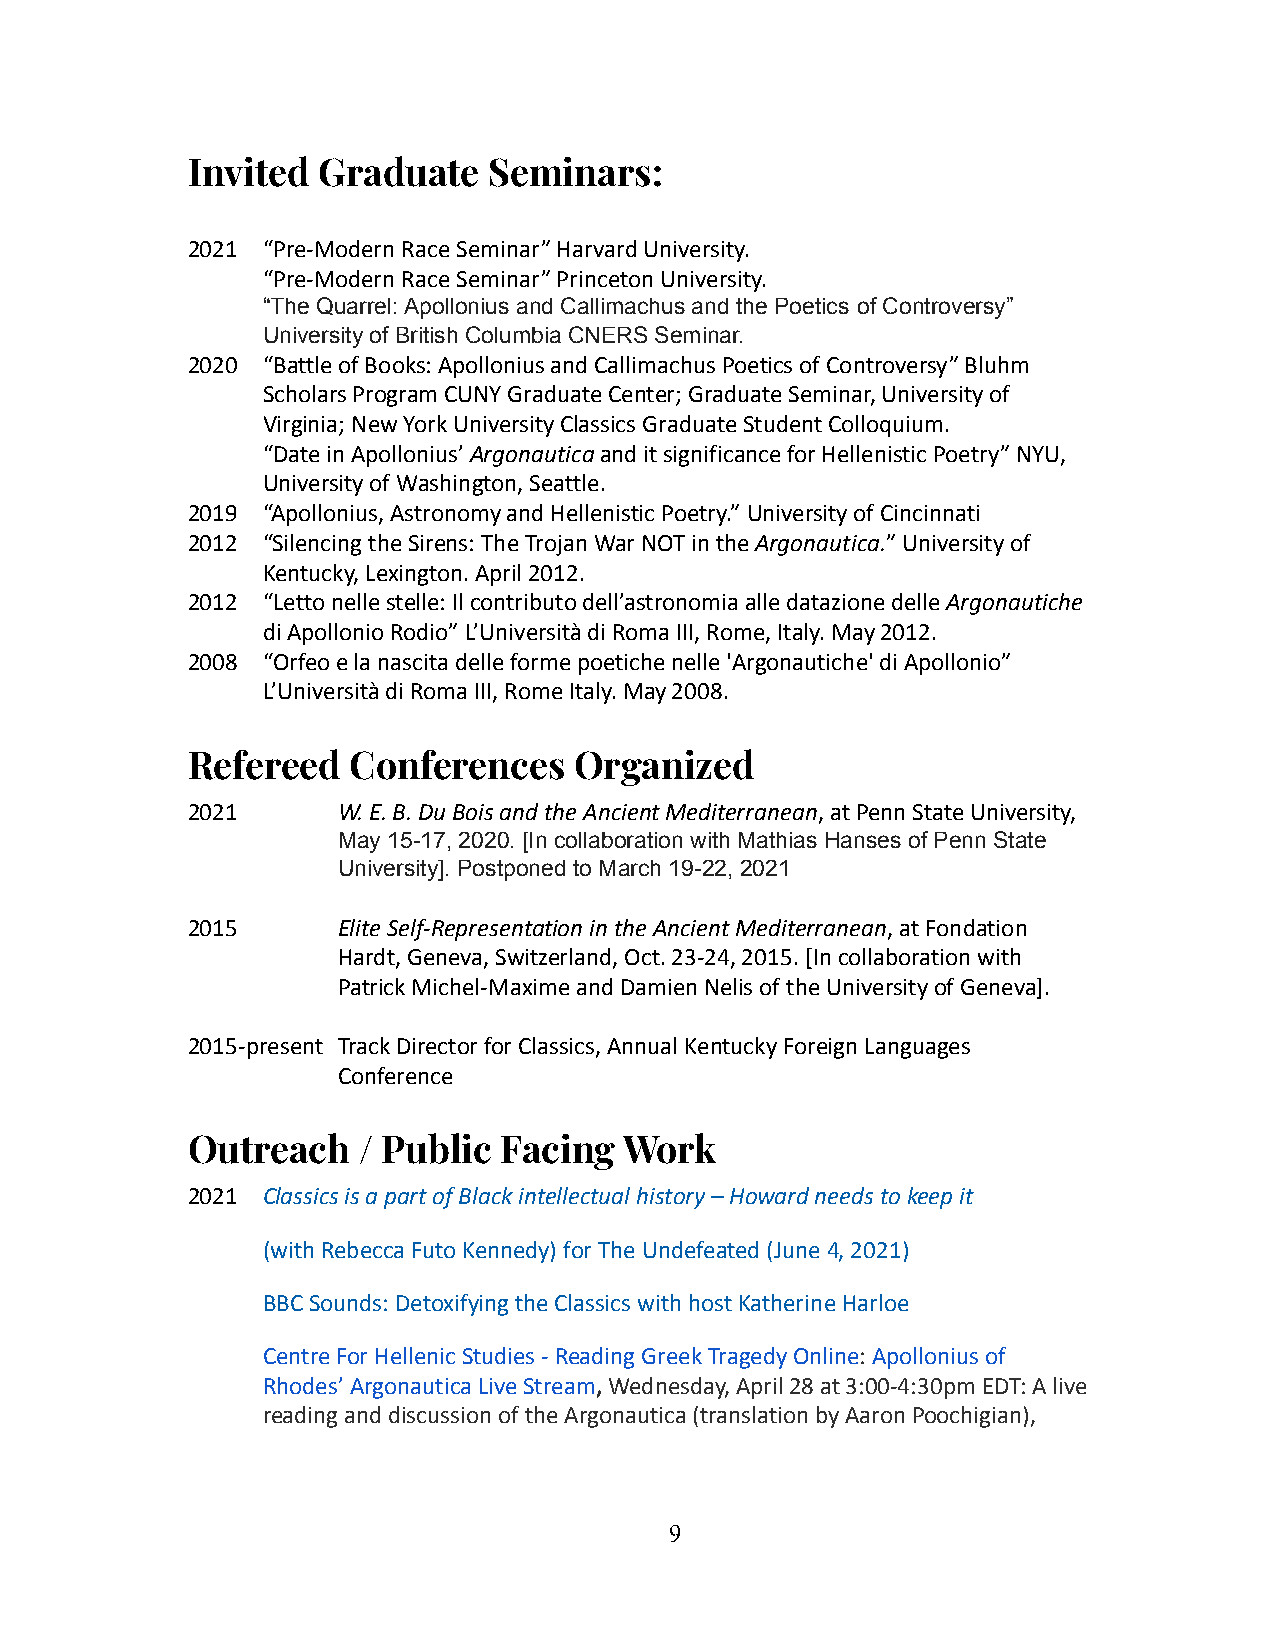
Invited  Graduate   Seminars:
 2021 “Pre-Modern Race Seminar” Harvard University.
 “Pre-Modern Race Seminar” Princeton University.
 “The Quarrel: Apollonius and Callimachus and the Poetics of Controversy”
 University of British Columbia CNERS Seminar.
 2020 “Battle of Books: Apollonius and CallimachusPoetics of Controversy” Bluhm
 Scholars Program CUNY Graduate Center; Graduate Seminar,University of
 Virginia; New York University Classics Graduate StudentColloquium.
 “Date in Apollonius’Argonauticaand it significancefor Hellenistic Poetry” NYU,
 University of Washington, Seattle.
 2019 “Apollonius, Astronomy and Hellenistic Poetry.”University of Cincinnati
 2012 “Silencing the Sirens: The Trojan War NOT intheArgonautica.” University of
 Kentucky, Lexington. April 2012.
 2012 “Letto nelle stelle: Il contributo dell’astronomiaalle datazione delleArgonautiche
 diApollonio Rodio” L’Università di Roma III, Rome,Italy. May 2012.
 2008 “Orfeo e la nascita delle forme poetiche nelle'Argonautiche' di Apollonio”
 L’Università di Roma III, Rome Italy. May 2008.
 Refereed   Conferences    Organized
 2021      W. E. B. Du Bois and the Ancient Mediterranean,at Penn State University,
 May 15-17, 2020. [In collaboration with Mathias Hanses of Penn State
 University]. Postponed to March 19-22, 2021
 2015      Elite Self-Representation in the Ancient Mediterranean,at Fondation
 Hardt, Geneva, Switzerland, Oct. 23-24, 2015. [Incollaboration with
 Patrick Michel-Maxime and Damien Nelis of the Universityof Geneva].
 2015-present Track Director for Classics, Annual KentuckyForeign Languages
 Conference
 Outreach    / Public Facing  Work
 2021 Classics is a part of Black intellectual history– Howard needs to keep it
 (with Rebecca Futo Kennedy) for The Undefeated (June4, 2021)
 BBC Sounds: Detoxifying the Classics with host KatherineHarloe
 Centre For Hellenic Studies - Reading Greek TragedyOnline:Apollonius of
 Rhodes’ Argonautica Live Stream,Wednesday, April28 at 3:00-4:30pm EDT: A live
 reading and discussion of the Argonautica (translationby Aaron Poochigian),
 9